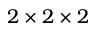
2 \times 2 \times 2